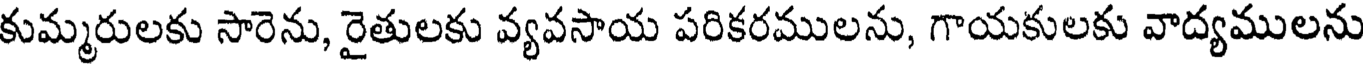
కుమ్మరులకు సారెను, రైతులకు వ్యవసాయ పరికరములను, గాయకులకు వాద్యములను